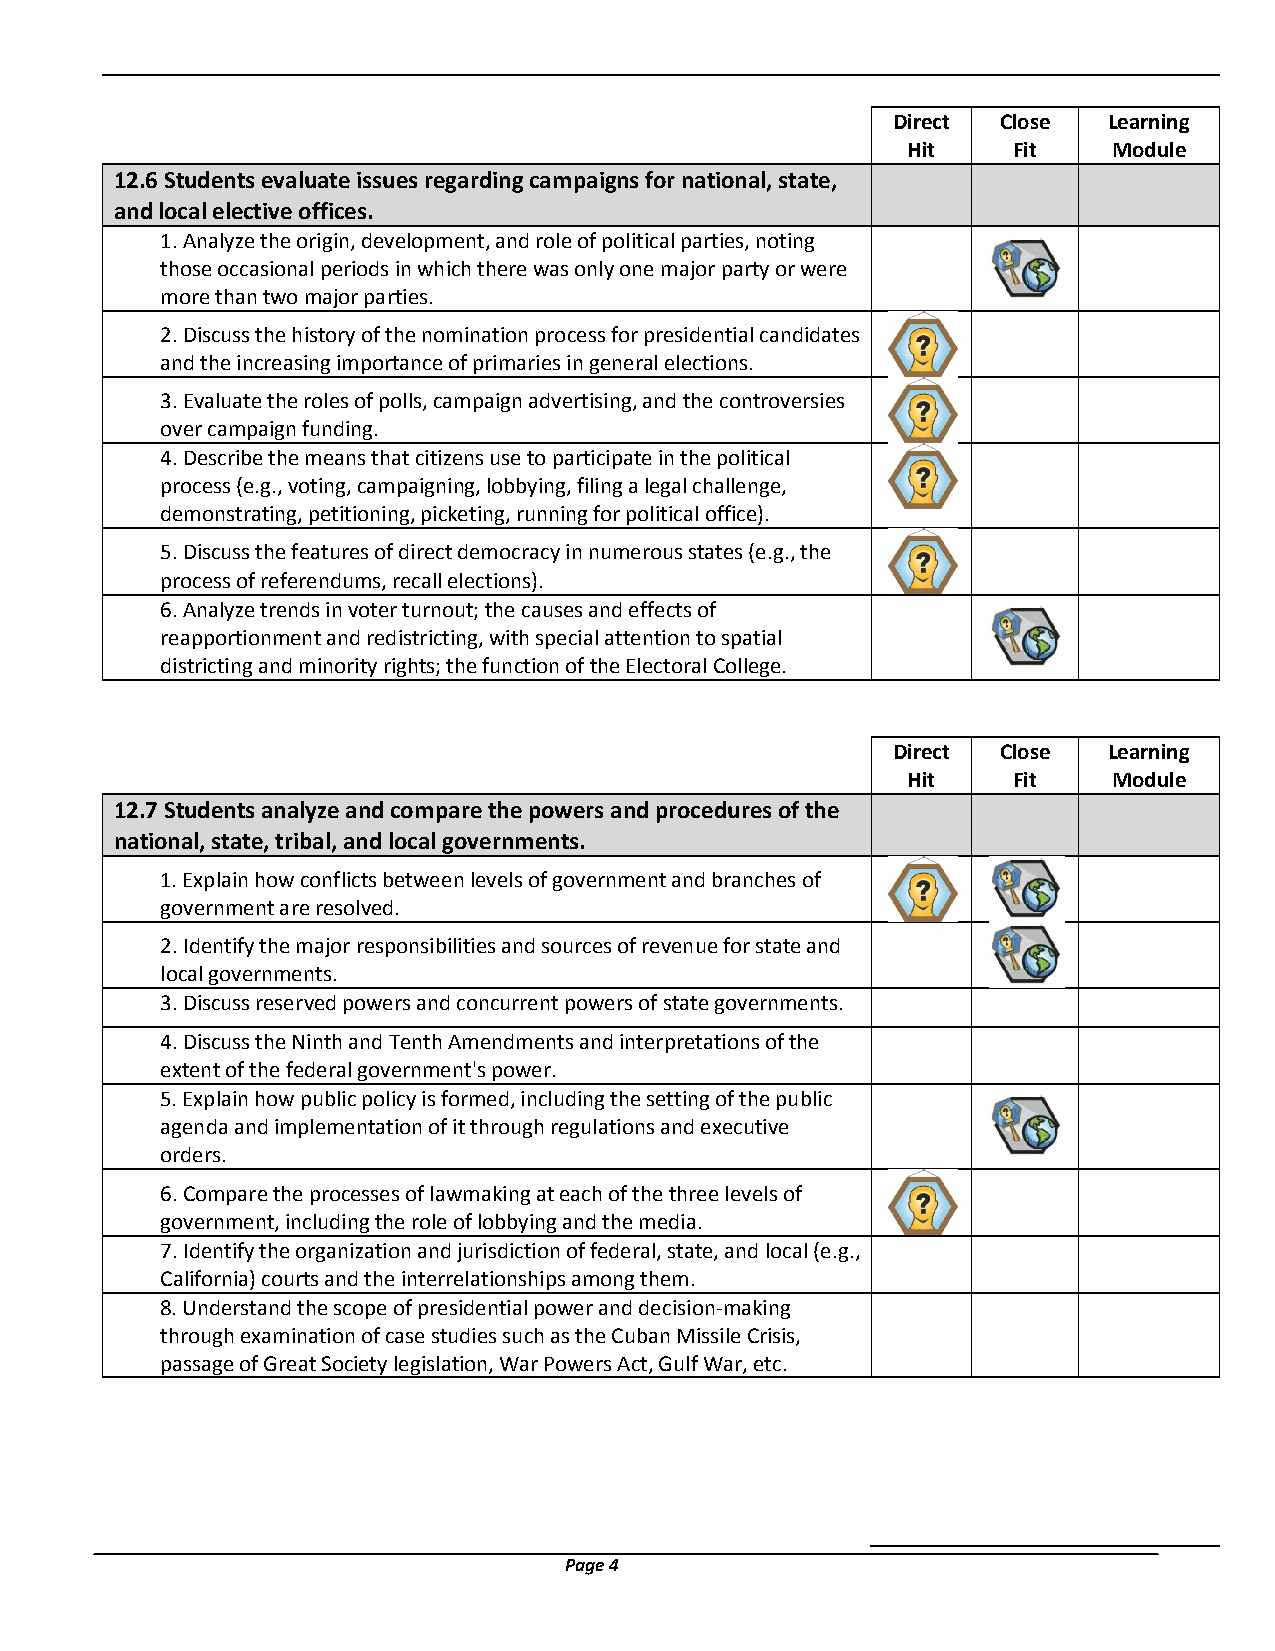
Direct Close  Learning
 Hit    Fit    Module
 12.6 Students evaluate issues regarding campaigns for national, state,
 and local elective offices.
 1. Analyze the origin, development, and role of political parties, noting
 those occasional periods in which there was only one major party or were
 more than two major parties.
 2. Discuss the history of the nomination process for presidential candidates
 and the increasing importance of primaries in general elections.
 3. Evaluate the roles of polls, campaign advertising, and the controversies
 over campaign funding.
 4. Describe the means that citizens use to participate in the political
 process (e.g., voting, campaigning, lobbying, filing a legal challenge,
 demonstrating, petitioning, picketing, running for political office).
 5. Discuss the features of direct democracy in numerous states (e.g., the
 process of referendums, recall elections).
 6. Analyze trends in voter turnout; the causes and effects of
 reapportionment and redistricting, with special attention to spatial
 districting and minority rights; the function of the Electoral College.
 Direct Close  Learning
 Hit    Fit    Module
 12.7 Students analyze and compare the powers and procedures of the
 national, state, tribal, and local governments.
 1. Explain how conflicts between levels of government and branches of
 government are resolved.
 2. Identify the major responsibilities and sources of revenue for state and
 local governments.
 3. Discuss reserved powers and concurrent powers of state governments.
 4. Discuss the Ninth and Tenth Amendments and interpretations of the
 extent of the federal government's power.
 5. Explain how public policy is formed, including the setting of the public
 agenda and implementation of it through regulations and executive
 orders.
 6. Compare the processes of lawmaking at each of the three levels of
 government, including the role of lobbying and the media.
 7. Identify the organization and jurisdiction of federal, state, and local (e.g.,
 California) courts and the interrelationships among them.
 8. Understand the scope of presidential power and decision-making
 through examination of case studies such as the Cuban Missile Crisis,
 passage of Great Society legislation, War Powers Act, Gulf War, etc.
 Page 4